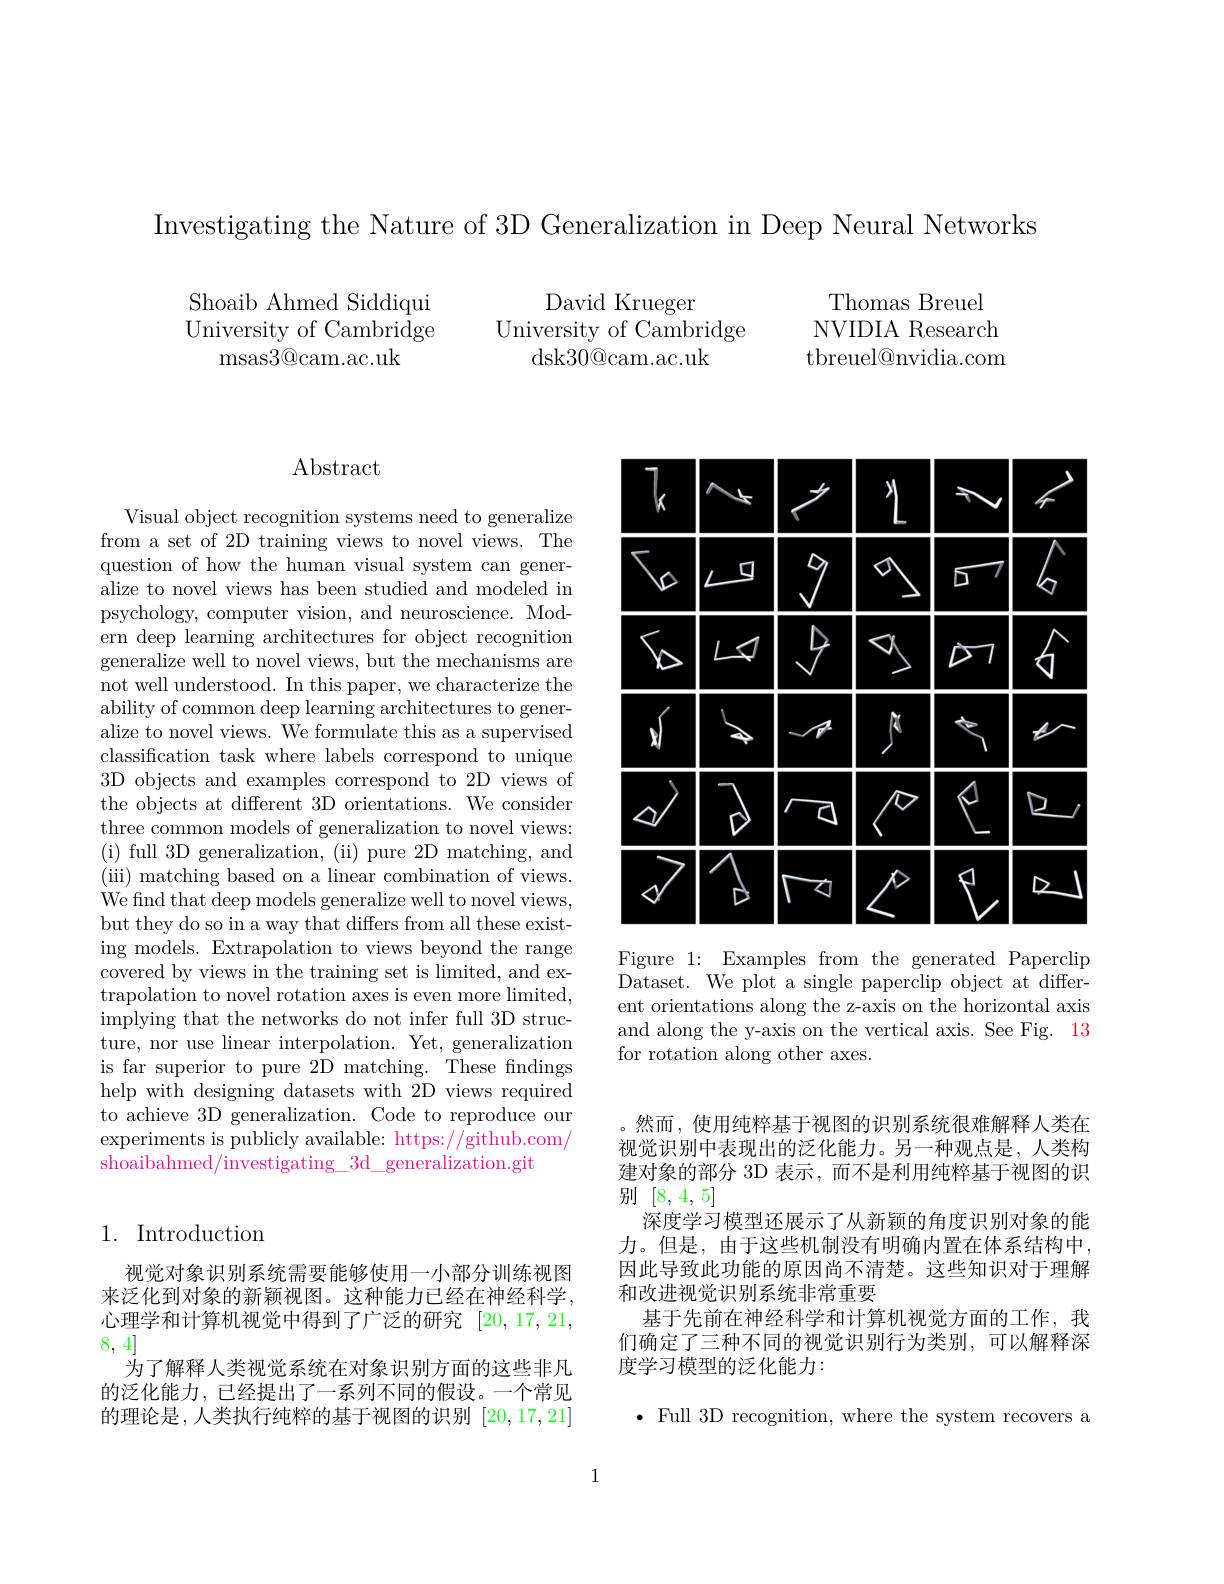
Investigating the Nature of 3D Generalization in Deep Neural Networks

Shoaib Ahmed Siddiqui University of Cambri$\tilde{\mathrm{dge}}$
msas3@ cam. ac. uk

David Krueger
University of Cambridge
dsk30@cam.ac.uk

Thomas Breuel NVIDIA Research ${\mathrm{tbreuel@nvidia.com}}$

## Abstract

Visual object recognition systems need to generalize from a set of 2D training views to novel views. The question of how the human visual system can generalize to novel views has been studied and modeled in psychology, computer vision, and neuroscience. Modern deep learning architectures for object recognition $\dot{\text{generalize well to novel views, but the mechanisms are}}$ not well understood. In this paper, we characterize the ability of common deep learning architectures to generalize to novel views. We formulate this as a supervised classification task where labels correspond to unique 3D objects and examples correspond to 2D views of the objects at different 3D orientations. We consider three common models of generalization to novel views: ( i) full 3D generalization, ( ii) pure 2D matching, and (iii) matching based on a linear combination of views. We find that deep models generalize well to novel views, but they do so in a way that differs from all these existing models. Extrapolation to views beyond the range covered by views in the training set is limited, and extrapolation to novel rotation axes is even more limited, implying that the networks do not infer full 3D structure, nor use linear interpolation. Yet, generalization is far superior to pure 2D matching. These fndings help with designing datasets with 2D views required to achieve 3D generalization. Code to reproduce our experiments is publicly available: https://github.com/ shoaibahmed/investigating\_3d\_generalization.git

## 1. Introduction

视觉对象识别系统需要能够使用一小部分训练视图来泛化到对象的新颖视图。这种能力已经在神经科学， 心理学和计算机视觉中得到了广泛的研究[20,17,21, 8,4]
为了解释人类视觉系统在对象识别方面的这些非凡的泛化能力，已经提出了一系列不同的假设。一个常见的理论是，人类执行纯粹的基于视图的识别[20,17,21]

<FigureHere>

Figure 1: Examples from the generated Paperclip Dataset. We plot a single paperclip object at different orientations along the z-axis on the horizontal axis and along the y-axis on the vertical axis. See Fig. 13 for rotation along other axes.

。然而，使用纯粹基于视图的识别系统很难解释人类在视觉识别中表现出的泛化能力。另一种观点是，人类构建对象的部分 3D 表示 ,而不是利用纯粹基于视图的识别[8,4,5]
深度学习模型还展示了从新颖的角度识别对象的能力。但是，由于这些机制没有明确内置在体系结构中， 因此导致此功能的原因尚不清楚。这些知识对于理解和改进视觉识别系统非常重要
基于先前在神经科学和计算机视觉方面的工作，我们确定了三种不同的视觉识别行为类别，可以解释深度学习模型的泛化能力：

$\bullet$ Full 3D recognition, where the system recovers a

1